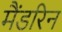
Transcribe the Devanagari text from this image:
मैंडरिन